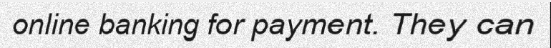
online banking for payment. They can